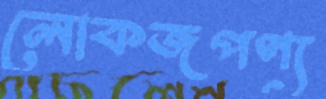
লোকজপণ্য